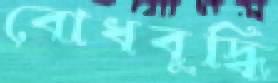
বোধবুদ্ধি